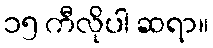
၁၅ ကီလိုပါ ဆရာ။